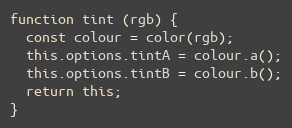
Language: JavaScript
function tint (rgb) {
  const colour = color(rgb);
  this.options.tintA = colour.a();
  this.options.tintB = colour.b();
  return this;
}